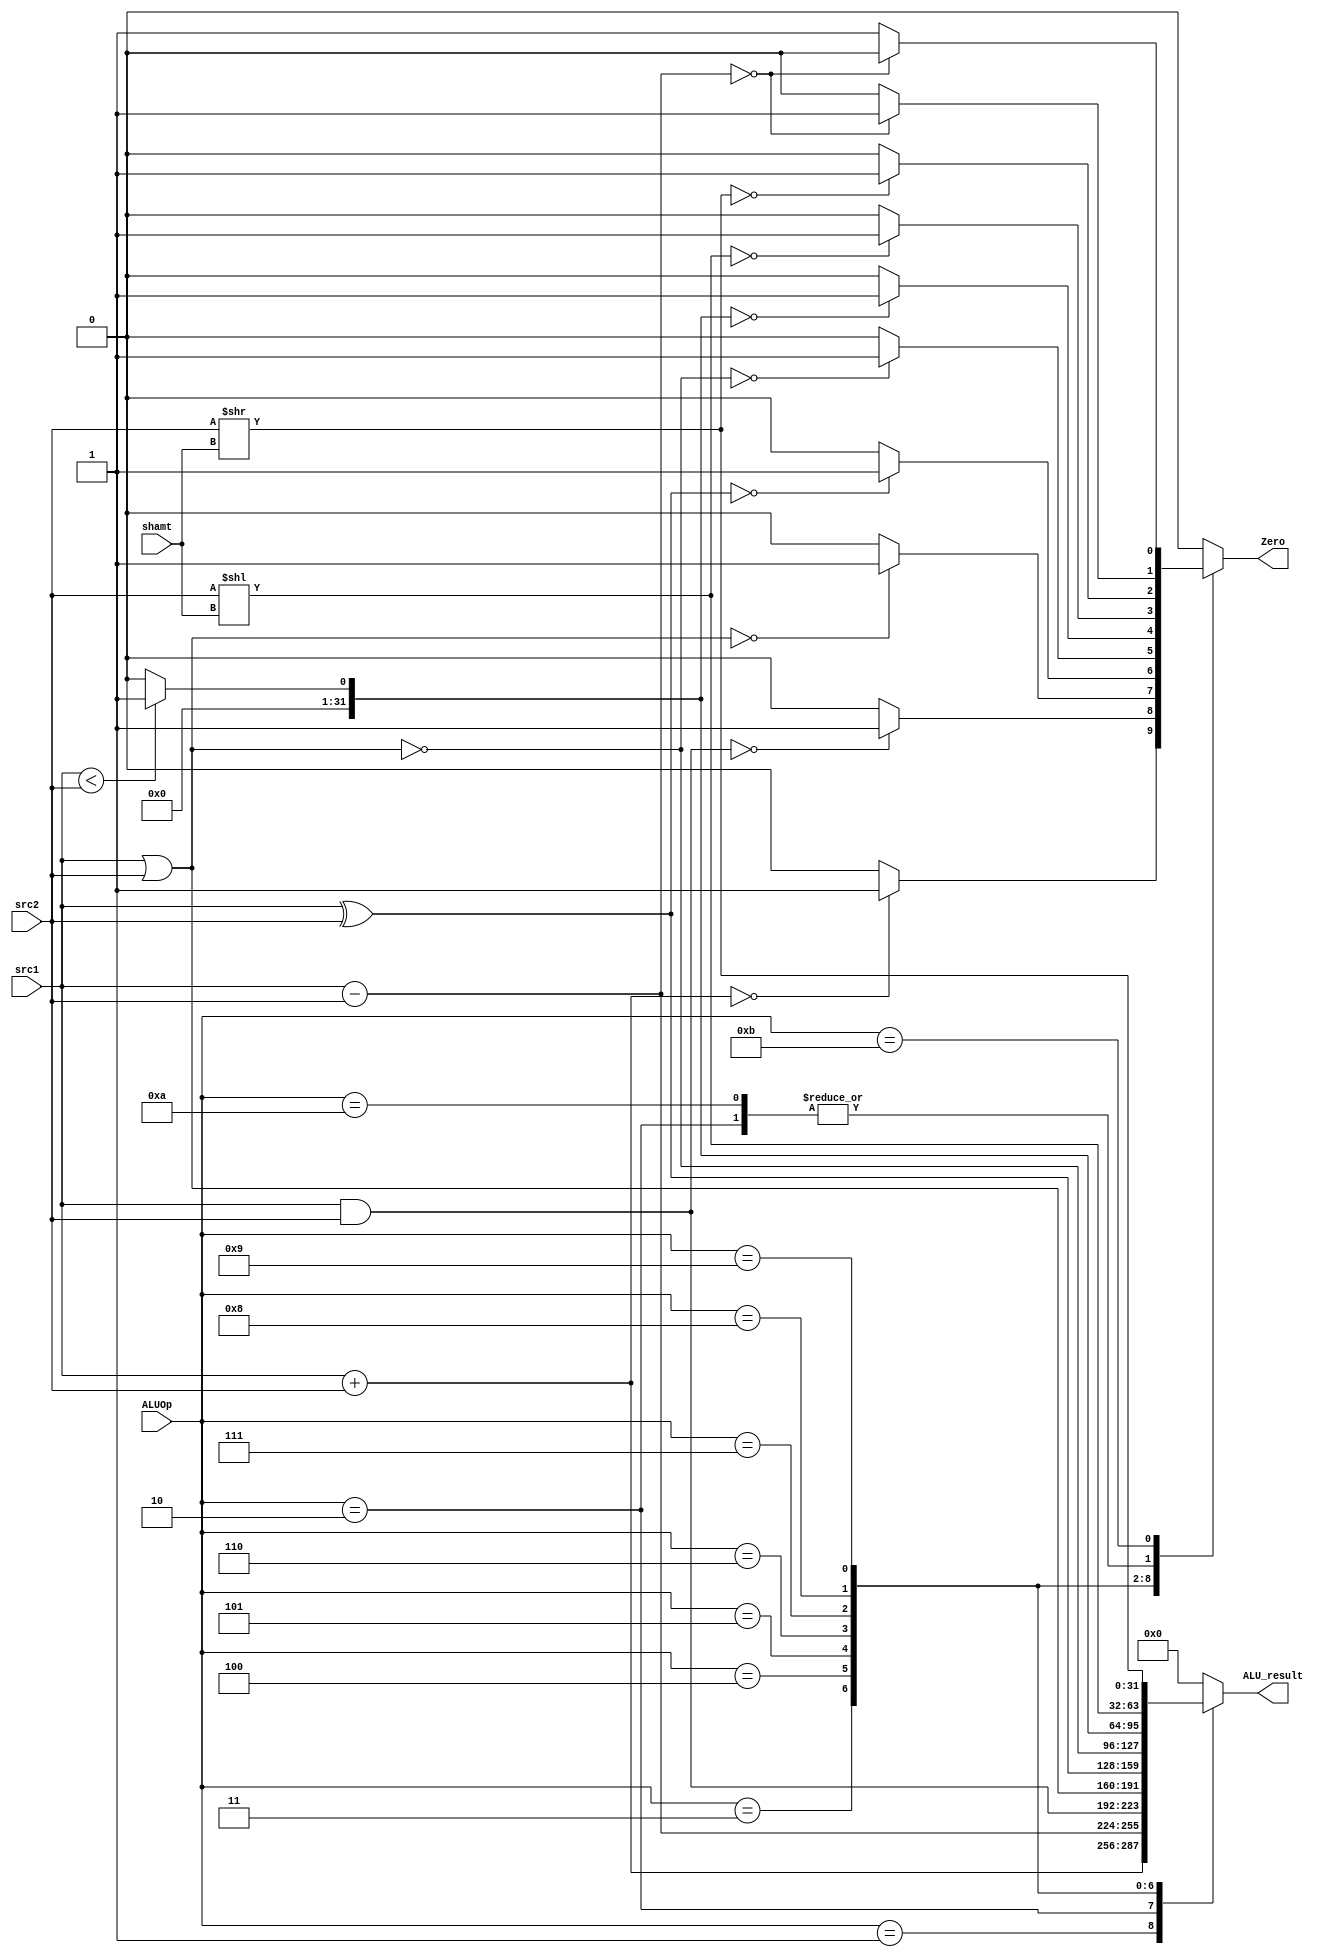
// ALU

module ALU ( ALUOp,
	     src1,
	     src2,
	     shamt,
	     ALU_result,
	     Zero );
	
	parameter bit_size = 32;
	
	input [3:0] ALUOp;
	input [bit_size-1:0] src1;
	input [bit_size-1:0] src2;
	input [4:0] shamt;
	
	output [bit_size-1:0] ALU_result;
	output Zero;
	
	// write your code in here
	reg [bit_size-1:0] ALU_result;
	reg Zero;
	
	wire [bit_size-1:0] sub_re;
	assign sub_re = src1 - src2;	// format bit count
	
	parameter // opcode
			  //op_nop = 0,
			  op_add = 1,
			  op_sub = 2,
			  op_and = 3,
			  op_or = 4,
			  op_xor = 5,
			  op_nor = 6,
			  op_slt = 7,
			  op_sll = 8,
			  op_srl = 9,
			  op_beq = 10,
			  op_bne = 11;
			
	always@ (*) begin
		ALU_result = 0;
		Zero = 0;
		case (ALUOp)
			op_add : 
				begin
					ALU_result = src1 + src2;
					Zero = (ALU_result == 0) ? 1 : 0;
				end
			op_sub : 
				begin
					ALU_result = sub_re;
					Zero = (ALU_result == 0) ? 1 : 0;
				end
			op_and :
				begin
					ALU_result = src1 & src2;
					Zero = (ALU_result == 0) ? 1 : 0;
				end
			op_or  : 
				begin
					ALU_result = src1 | src2;
					Zero = (ALU_result == 0) ? 1 : 0;
				end
			op_xor : 
				begin
					ALU_result = src1 ^ src2;
					Zero = (ALU_result == 0) ? 1 : 0;
				end
			op_nor : 
				begin
					ALU_result = ~(src1 | src2);
					Zero = (ALU_result == 0) ? 1 : 0;
				end
			op_slt : 
				begin
					ALU_result = (src1 < src2) ? 1 : 0;
					Zero = (ALU_result == 0) ? 1 : 0;
				end
			op_sll : 
				begin
					ALU_result = src2 << shamt;
					Zero = (ALU_result == 0) ? 1 : 0;
				end
			op_srl : 
				begin
					ALU_result = src2 >> shamt;
					Zero = (ALU_result == 0) ? 1 : 0;
				end
			op_beq : Zero = (sub_re == 0) ? 1 : 0;
			op_bne : Zero = (sub_re == 0) ? 0 : 1;
		endcase
	end

endmodule